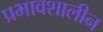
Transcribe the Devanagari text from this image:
प्रभावशालीन